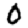
Digit: 0